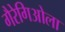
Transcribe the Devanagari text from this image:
गैरेगिओला